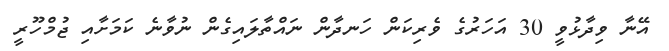
އޭނާ ވިދާޅުވީ 30 އަހަރުގެ ވެރިކަން ހަނދާން ނައްތާލައިގެން ނުވާނެ ކަމަށާއި ޖުމްހޫރީ